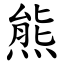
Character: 熊